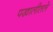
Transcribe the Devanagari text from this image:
पखालीतले